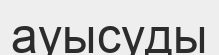
ауысуды